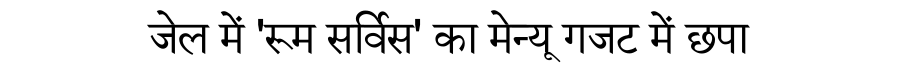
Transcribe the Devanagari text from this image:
जेल में 'रूम सर्विस' का मेन्यू गजट में छपा